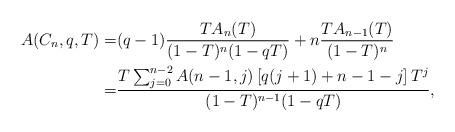
LaTeX: \begin{align*}A(C_n,q,T)=&(q-1)\frac{TA_n(T)}{(1-T)^n(1-qT)}+n\frac{TA_{n-1}(T)}{(1-T)^n}\\=&\frac{T\sum_{j=0}^{n-2}A(n-1,j)\left[q(j+1)+n-1-j\right]T^j}{(1-T)^{n-1}(1-qT)}, \end{align*}